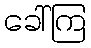
ခေါ်ကြ